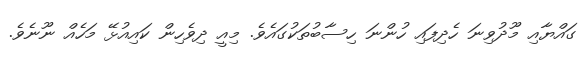
ގައްޔާއި މޫދުވިނަ ހެދިފައި ހުންނަ ހިސާބުތަކުގައެވެ. މިއީ ދިވެހިން ކައިއުޅޭ މަހެއް ނޫނެވެ.